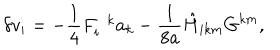
\delta v _ { i } = - \frac { 1 } { 4 } F _ { i } ^ { \; \; k } a _ { k } - \frac { 1 } { 8 a } { { \hat { H } } } _ { i k m } G ^ { k m } ,